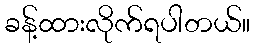
ခန့်ထားလိုက်ရပါတယ်။